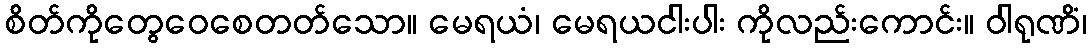
စိတ်ကိုတွေဝေစေတတ်သော။ မေရယံ၊ မေရယငါးပါး ကိုလည်းကောင်း။ ဝါရုဏိံ၊